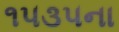
૧૫૩૫ના